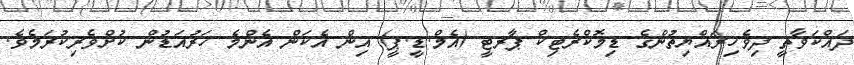
ދައްކަވާތީ ދިވެހިރައްޔިތުންގެ ޑިމޮކްރެޓިކް ޕާރޓީ (އެމް.ޑީ.ޕީ) އިން އެކަން އެންމެ ހަރުއަޑުން ކުށްވެރިކުރަމެވެ.